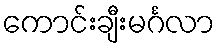
ကောင်းချီးမင်္ဂလာ